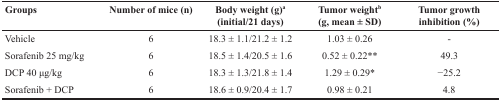
<table><thead><tr><td><b>Groups</b></td><td><b>Number of mice (n)</b></td><td><b>Body weight (g)<sup>a</sup> (initial/21 days)</b></td><td><b>Tumor weight<sup>b</sup> (g, mean ± SD)</b></td><td><b>Tumor growth inhibition (%)</b></td></tr></thead><tbody><tr><td>Vehicle</td><td>6</td><td>18.3 ± 1.1/21.2 ± 1.2</td><td>1.03 ± 0.26</td><td>-</td></tr><tr><td>Sorafenib 25 mg/kg</td><td>6</td><td>18.5 ± 1.4/20.5 ± 1.6</td><td>0.52 ± 0.22<sup>**</sup></td><td>49.3</td></tr><tr><td>DCP 40 μg/kg</td><td>6</td><td>18.3 ± 1.3/21.8 ± 1.4</td><td>1.29 ± 0.29<sup>*</sup></td><td>−25.2</td></tr><tr><td>Sorafenib + DCP</td><td>6</td><td>18.6 ± 0.9/20.4 ± 1.7</td><td>0.98 ± 0.21</td><td>4.8</td></tr></tbody></table>